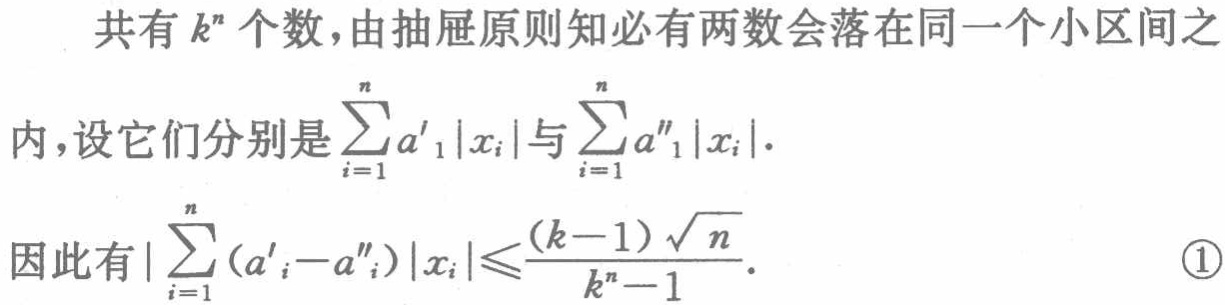
共有 \(k^{n}\) 个数，由抽屉原则知必有两数会落在同一个小区间之

内，设它们分别是 \(\sum_{i = 1}^{n}a'_{1}|x_{i}|\) 与 \(\sum_{i = 1}^{n}a''_{1}|x_{i}|\)．

因此有\(\left|\sum_{i = 1}^{n}(a'_{i}-a''_{i})|x_{i}|\right|\leqslant\frac{(k - 1)\sqrt{n}}{k^{n}-1}\)． \textcircled{1}